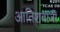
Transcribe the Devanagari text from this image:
आतिशवाजी